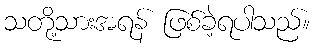
သတို့သားအရန် ဖြစ်ခဲ့ရပါသည်။